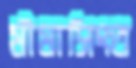
মীমাসিংত